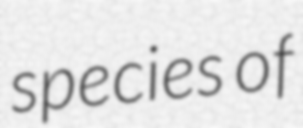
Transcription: species of